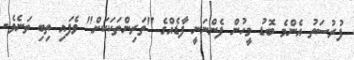
ފުރުސަތު އެންމެ ބޮޑު މީހުން ފެންނަނީ ފާޑެއްގެ "ތަރިންތަކަކަށް" ވެފައި ތިބި ތަނެވެ.